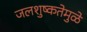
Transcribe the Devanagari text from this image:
जलशुष्कतेमुळे